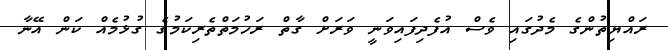
ރައްޔިތުންގެ މެދުގައި ވެސް އުފެދިފައިވަނީ ވަރަށް ގާތް ރަހުމަތްތެރިކަމުގެ ގުޅުމެއް ކަން އޭނާ